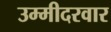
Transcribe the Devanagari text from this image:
उम्मीदरवार